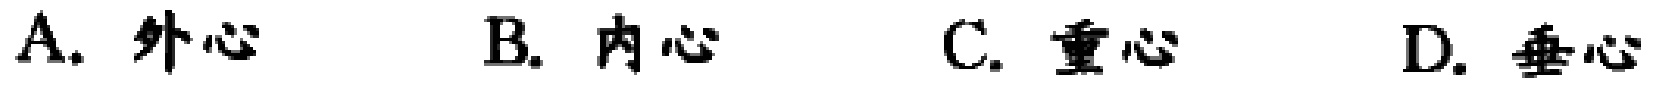
A. 外心
B. 内心
C. 重心
D. 垂心